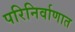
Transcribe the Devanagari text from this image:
परिनिर्वाणात